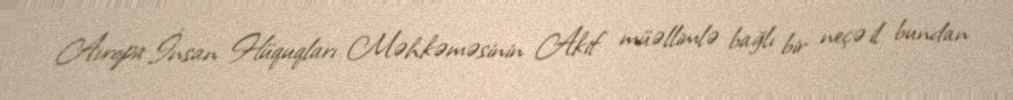
Avropa İnsan Hüquqları Məhkəməsinin Akif müəllimlə bağlı bir neçə il bundan